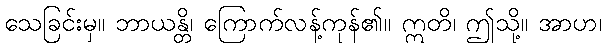
သေခြင်းမှ။ ဘာယန္တိ၊ ကြောက်လန့်ကုန်၏။ ဣတိ၊ ဤသို့။ အာဟ၊